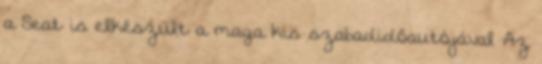
a Seat is elkészült a maga kis szabadidőautójával Az